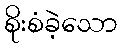
စိုးစံခဲ့သော